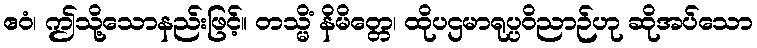
ဧဝံ၊ ဤသို့သောနည်းဖြင့်။ တသ္မိံ နိမိတ္တေ၊ ထိုပဌမာရုပ္ပဝိညာဉ်ဟု ဆိုအပ်သော